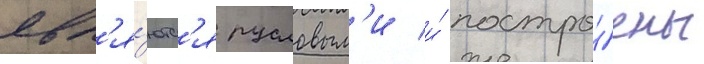
явл'я́ютс'я русловым'и и́ постро́ены